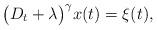
LaTeX: \begin{align*} \bigl(D_t + \lambda\bigr)^\gamma x(t) = \xi(t) , \end{align*}